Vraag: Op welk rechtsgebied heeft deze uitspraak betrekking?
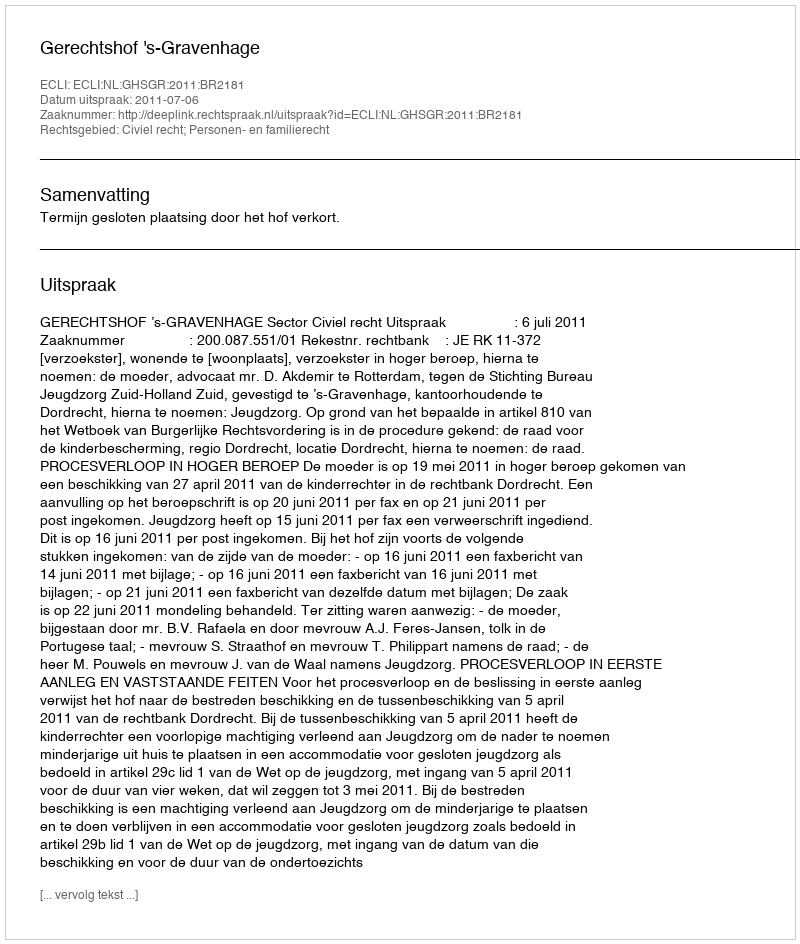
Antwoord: Civiel recht; Personen- en familierecht